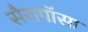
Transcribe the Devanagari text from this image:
सैरागॉसा